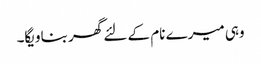
وہی میرے نام کے لئے گھر بناویگا۔